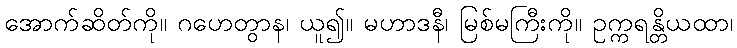
အောက်ဆိတ်ကို။ ဂဟေတွာန၊ ယူ၍။ မဟာဒနီ၊ မြစ်မကြီးကို။ ဥက္ကရန္တိယထာ၊